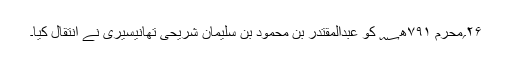
۲۶؍محرم ۷۹۱ھ؁ کو عبدالمقتدر بن محمود بن سلیمان شریحی تھانیسیری نے انتقال کیا۔